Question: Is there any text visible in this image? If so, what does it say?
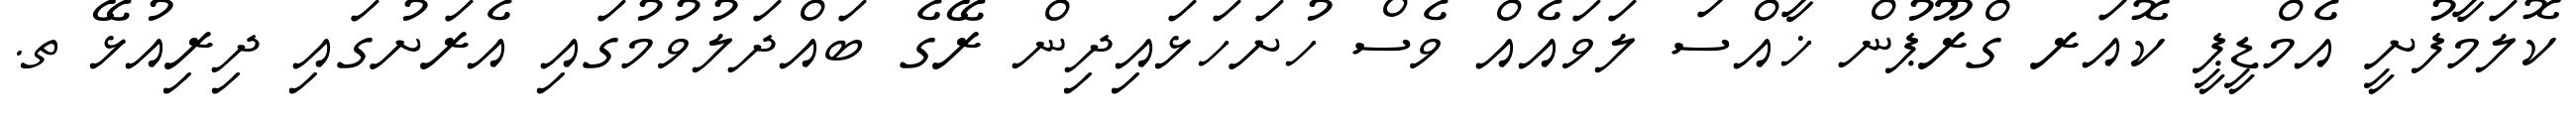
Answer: ކޮލަމާފުށީ އެމްޑީޕީ ކޮއަރ ގްރޫޕުން ޚާއްސަ ލަވައެއް ވެސް ހުށަހަޅައިދިން ރޭގެ ބައްދަލުވުމުގައި އެރަށުގައި ދިރިއުޅޭ ތ.